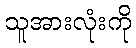
သူအားလုံးကို